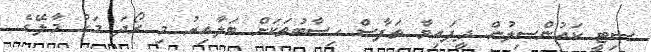
ސިޓީ ކައުންސިލުން ދީފައިވާ ތަފާސް ހިސާބުތަކަށް ބަލާއިރު މި ރޯދަ މަހު މާލޭގެ